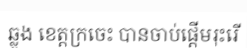
ឆ្លូង ខេត្តក្រចេះ បានចាប់ផ្តើមរុះរើ